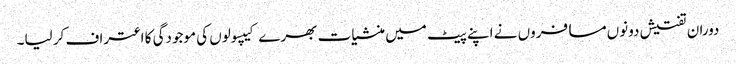
دوران تفتیش دونوں مسافروں نے اپنے پیٹ میں منشیات بھرے کیپسولوں کی موجودگی کا اعتراف کر لیا۔